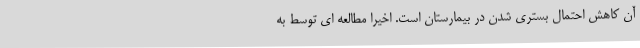
آن کاهش احتمال بستری شدن در بیمارستان است. اخیرا مطالعه ای توسط به